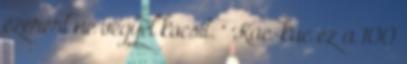
ezerért ne vegyél kocsit. " Kac-kac ez a 100